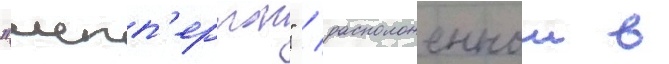
"шепп'ертон" / расположеннои в